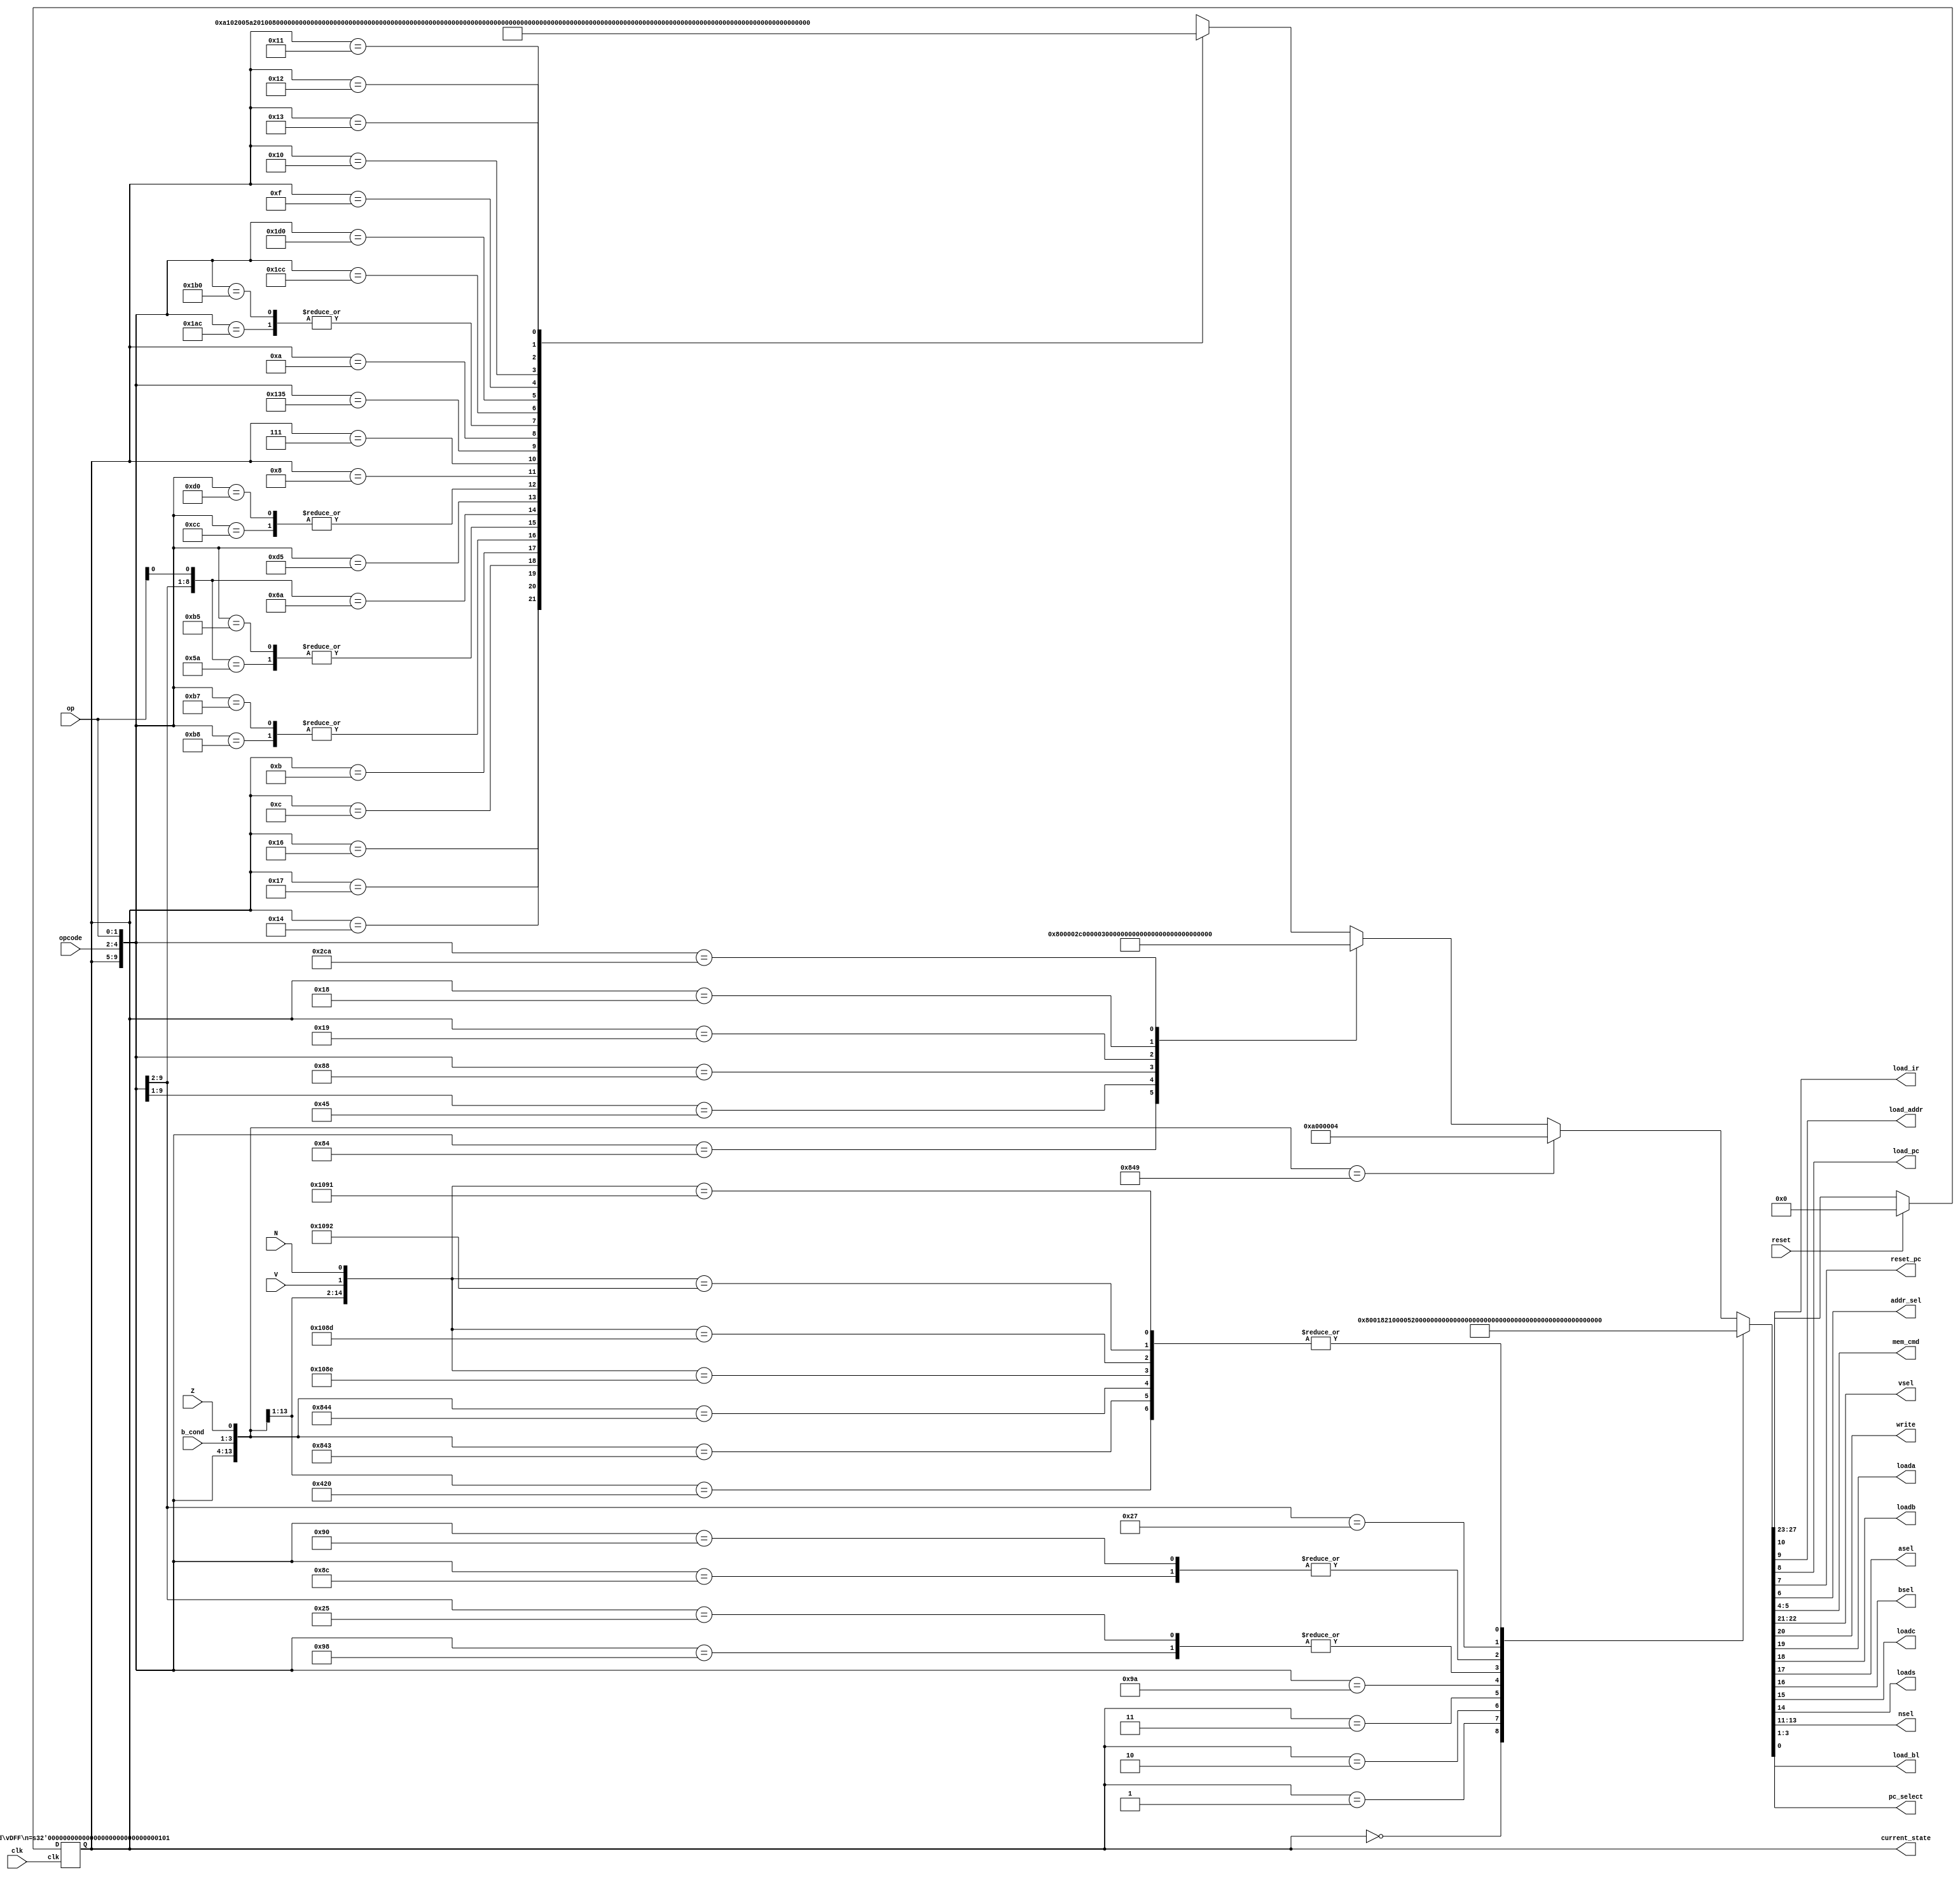
//1. each cycle takes a state + one state for "wait"
//2. NOTE: that in your Verilog you need to set all outputs in every state
//    including those outputs that are zero or for which you dont care what the value is
//3. Replace readnum and writenum by nsel for the operation

//Observations:
//1. AND and ADD have the same operation for fsm
//2. MOV Rd,Rm{,<sh_op>} and MVN have the same operation for fsm
//3. MOV Rn,#<im8> will have a unique state

//DEFINING STATES:       a-> States that were defined in lab7

//1a. After turning reset on this is the state we go to->    State: sReset
//2a. the address stored is sent to the instruction memory-> State: sIF1
//3a. Instruction at now available at dout->                 State: sIF2
//4a. Update the PC to the address of the next instruction-> State: sUpdatePC

//1. loading Rm to B is the same for all instructions->  State: sGetB
//2. loading Rn to A is the same for some instructions-> State: sGetA
//3. Computing and saving AND/ADD to reg. C->            State: sAND_ADD
//4. Computing and saving MVN/MOV to reg. C->            State: sMVN_MOV
//5. Getting the status flags:                           State: sGetStatus
//6. Saving result to Rd:                                State: sResultToRd
//7. Moving sximm8 to Rn:                                State: sMovImToRn

// States for LDR/STR:
//For LDR:
//1. sGetA
//2. sAddImm5ToA
//3. sLoadAddr
//4. sLDR_MRead
//5. sLDR_MDataToReg -> We might need to split this instruction

`define SW                      5
//inputs to mem_cmd for read/write operation
`define MREAD       2'b01
`define MWRITE      2'b10

// state encoding for control FSM //Modified for lab 7
`define sReset                  5'b00_000
`define sIF1                    5'b00_001
`define sIF2                    5'b00_010
`define sUpdatePC               5'b00_011
`define sDecode                 5'b00_100


`define sGetB                   5'b00_101
`define sGetA                   5'b00_110
`define sAND_ADD                5'b00_111
`define sMVN_MOV                5'b01_000
`define sGetStatus              5'b01_001
`define sResultToRd             5'b01_010
`define sMovImToRn              5'b01_011


`define sHALT                   5'b01_100 //For STR/LDR
`define sAddImm5ToA             5'b01_101
`define sLoadAddr               5'b01_110
`define sLDR_MRead              5'b01_111
`define sLDR_MDataToReg         5'b10_000
`define sSTR_RdToB              5'b10_001
`define sSTR_BtoDOUT            5'b10_010
`define sSTR_MWrite             5'b10_011
`define sB                      5'b10_100
`define sBL                     5'b10_101
`define sBLoad                  5'b10_110
`define sBLX                    5'b10_111
`define sBL_BLX                 5'b11_000
`define sBX                     5'b11_001



//NOTE: Editing the IOs for lab 7
module control(   //inputs to fsm
              clk,
              reset,
              opcode,
              op,
              V,N,Z,
              b_cond, //Added for lab8

                  //NOTE: outputs for lab7:
              load_ir,  //enable for instruction register
              load_addr, //enable for Address register
              load_pc,   //enable for program counter
              reset_pc,  //resets the Program counter mux
              addr_sel,  //mux for selecting the addr. source(datapath_out vs PC)
              mem_cmd,   //1-hot read write: `MREAD: 2'b01, `MWRITE: 2'b10

                  //input to the first multiplexer b4 regfile
              vsel,
                  //input to the REGFILE
              write,
                  //pipeline registers a & b
              loada,
              loadb,
                  //Select to mux before ALU
              asel,
              bsel,
                  //pipeline c
              loadc,
                  //status register
              loads,
                  //Use the 1-HOT select for Rn | Rd | Rm
              nsel,
              //Lab8 additions for PC:
              pc_select,
              load_bl,
              current_state
              );


                //inputs to fsm
  input clk;
  input reset;
  input [2:0] opcode;
  input [1:0] op;
  input V, N, Z;
  input [2:0] b_cond;

            //Outouts added for lab 7
  output load_ir;  //enable for instruction register
  output load_addr; //enable for Address register
  output load_pc;   //enable for program counter
  output reset_pc;  //resets the Program counter mux
  output addr_sel;  //mux for selecting the addr. source(datapath_out vs PC)
  output [1:0] mem_cmd;   //1-hot read write: `MREAD: 2'b01, `MWRITE: 2'b10

                  //input to the first multiplexer before regfile
  output [1:0] vsel;
                //input to the REGFILE
  output write;
                //pipeline registers a & b
  output loada;
  output loadb;
                //Select to mux before ALU
  output asel;
  output bsel;
                //pipeline c
  output loadc;
                //status register
  output loads;
                //Use the 1-HOT-select for Rn | Rd | Rm
  output [2:0] nsel;
                //signal for wait state

                //for lab8 PC
  output [2:0] pc_select;
  output load_bl;
  output [`SW-1:0] current_state;


//------------------------------------------------------------------------------



  //2. sAddImm5ToA
  //3. sLoadAddr
  //4. sLDR_MRead
  //5. sLDR_MDataToReg

//------------------------------------------------------------------------------

//Wires and Regs
  wire [`SW-1:0] present_state, state_next_reset, state_next;
  reg [(`SW+23)-1:0] nextSignals;
  assign current_state = (present_state); //lab8



//------------------------------------------------------------------------------

// state DFF for control FSM
  vDFF #(`SW) STATE(clk,state_next_reset,present_state);

// Assigns the reset state or next state after checking signal reset
  assign state_next_reset = reset ? `sReset : state_next;

//Output assignments:

              // {state_next, vsel, write,
              // loada, loadb, asel, bsel,
              // loadc, loads, nsel, load_ir,
              // load_addr, load_pc, reset_pc, addr_sel, mem_cmd} = nextSignals;

  always @(*)
    casex ( {present_state, {opcode, op}, b_cond, {V, N, Z}} )  //NOTE: removed s and replaced sWait for lab7

//------------------------------------------------------------------------------

    //Reset STATE NOTE: \/ change these
      {`sReset, 5'bx, 6'bx}: nextSignals = {`sIF1, 2'b00, 1'b0,      // {state_next, vsel, write,
                                         1'b0, 1'b0, 1'b0, 1'b0,   //  loada, loadb, asel, bsel,
                                         1'b0, 1'b0, 3'b000, 1'b0, //    loadc, loads, nsel, load_ir
                                         1'b0, 1'b1, 1'b1, 1'b0, 2'b0, //load_addr, load_pc, reset_pc, addr_sel, mem_cmd} = nextSignals
                                         3'b001, 1'b0   //pc_select, load_bl
                                         };



//------------------------------------------------------------------------------

    //IF1 State
    {`sIF1, 5'bx, 6'bx}: nextSignals = {`sIF2, 2'b00, 1'b0,      // {state_next, vsel, write,
                                      1'b0, 1'b0, 1'b0, 1'b0,   //  loada, loadb, asel, bsel,
                                      1'b0, 1'b0, 3'b000, 1'b0, //    loadc, loads, nsel, load_ir
                                      1'b0, 1'b0, 1'b0, 1'b1, `MREAD, //load_addr, load_pc, reset_pc, addr_sel, mem_cmd} = nextSignals
                                      3'b001, 1'b0   //pc_select, load_bl
                                      };


//------------------------------------------------------------------------------

    //IF2 State
    {`sIF2, 5'bx, 6'bx}: nextSignals = {`sUpdatePC, 2'b00, 1'b0,      // {state_next, vsel, write,
                                        1'b0, 1'b0, 1'b0, 1'b0,   //  loada, loadb, asel, bsel,
                                        1'b0, 1'b0, 3'b000, 1'b1, //    loadc, loads, nsel, load_ir
                                        1'b0, 1'b0, 1'b0, 1'b1, `MREAD, //load_addr, load_pc, reset_pc, addr_sel, mem_cmd} = nextSignals
                                        3'b001, 1'b0   //pc_select, load_bl
                                        };

//------------------------------------------------------------------------------

    //UpdatePC State
    {`sUpdatePC, 5'bx, 6'bx}: nextSignals = {`sDecode, 2'b00, 1'b0,      // {state_next, vsel, write,
                                          1'b0, 1'b0, 1'b0, 1'b0,   //  loada, loadb, asel, bsel,
                                          1'b0, 1'b0, 3'b000, 1'b0, //    loadc, loads, nsel, load_ir
                                          1'b0, 1'b1, 1'b0, 1'b0, 2'b0, //load_addr, load_pc, reset_pc, addr_sel, mem_cmd} = nextSignals
                                          3'b000, 1'b0   //pc_select, load_bl
                                          };


//------------------------------------------------------------------------------

    //Decode State
      //for instruction MOV Rn,#<im8>
      {`sDecode, 5'b110_10, 6'bx}: nextSignals = {`sMovImToRn, 23'b0}; // sDecode->sMovImToRn
      //for other instructions
      {`sDecode, 5'b110_00, 6'bx}: nextSignals = {`sGetB, 23'b0}; // sDecode->sGetB
      {`sDecode, 5'b101_xx, 6'bx}: nextSignals = {`sGetB, 23'b0};
      //for LDR:
      {`sDecode, 5'b011_00, 6'bx}: nextSignals = {`sGetA, 23'b0}; //sDecode-> sGetA
      //for STR:
      {`sDecode, 5'b100_00, 6'bx}: nextSignals = {`sGetA, 23'b0}; //sDecode-> sGetA
      //For HALT:
      {`sDecode, 5'b111_xx, 6'bx}: nextSignals = {`sHALT, 23'b0}; //sDecode->sHALT

      //Lab8 Branch statements
      //For B:
      {`sDecode, 5'b001_00, 3'b000, 3'bx}: nextSignals = {`sB, 2'b00, 1'b0,      // {state_next, vsel, write,
                                            1'b0, 1'b0, 1'b0, 1'b0,   //  loada, loadb, asel, bsel,
                                            1'b0, 1'b0, 3'b000, 1'b0, //    loadc, loads, nsel, load_ir
                                            1'b0, 1'b0, 1'b0, 1'b0, 2'b0, //load_addr, load_pc, reset_pc, addr_sel, mem_cmd} = nextSignals
                                            3'b010, 1'b0   //pc_select, load_bl
                                            }; //sDecode->sB
      //For BEQ:
      {`sDecode, 5'b001_00, 3'b001, 3'bxx1}: nextSignals = {`sB, 2'b00, 1'b0,      // {state_next, vsel, write,
                                            1'b0, 1'b0, 1'b0, 1'b0,   //  loada, loadb, asel, bsel,
                                            1'b0, 1'b0, 3'b000, 1'b0, //    loadc, loads, nsel, load_ir
                                            1'b0, 1'b0, 1'b0, 1'b0, 2'b0, //load_addr, load_pc, reset_pc, addr_sel, mem_cmd} = nextSignals
                                            3'b010, 1'b0   //pc_select, load_bl
                                            }; //sDecode->sB

      //For BNE:
      {`sDecode, 5'b001_00, 3'b010, 3'bxx0}: nextSignals = {`sB, 2'b00, 1'b0,      // {state_next, vsel, write,
                                            1'b0, 1'b0, 1'b0, 1'b0,   //  loada, loadb, asel, bsel,
                                            1'b0, 1'b0, 3'b000, 1'b0, //    loadc, loads, nsel, load_ir
                                            1'b0, 1'b0, 1'b0, 1'b0, 2'b0, //load_addr, load_pc, reset_pc, addr_sel, mem_cmd} = nextSignals
                                            3'b010, 1'b0   //pc_select, load_bl
                                            }; //sDecode->sB

      //For BLT:
      {`sDecode, 5'b001_00, 3'b011, 3'b10x}: nextSignals = {`sB, 2'b00, 1'b0,      // {state_next, vsel, write,
                                            1'b0, 1'b0, 1'b0, 1'b0,   //  loada, loadb, asel, bsel,
                                            1'b0, 1'b0, 3'b000, 1'b0, //    loadc, loads, nsel, load_ir
                                            1'b0, 1'b0, 1'b0, 1'b0, 2'b0, //load_addr, load_pc, reset_pc, addr_sel, mem_cmd} = nextSignals
                                            3'b010, 1'b0   //pc_select, load_bl
                                            }; //sDecode->sB
      {`sDecode, 5'b001_00, 3'b011, 3'b01x}: nextSignals = {`sB, 2'b00, 1'b0,      // {state_next, vsel, write,
                                            1'b0, 1'b0, 1'b0, 1'b0,   //  loada, loadb, asel, bsel,
                                            1'b0, 1'b0, 3'b000, 1'b0, //    loadc, loads, nsel, load_ir
                                            1'b0, 1'b0, 1'b0, 1'b0, 2'b0, //load_addr, load_pc, reset_pc, addr_sel, mem_cmd} = nextSignals
                                            3'b010, 1'b0   //pc_select, load_bl
                                            }; //sDecode->sB

      //For BLE:
      {`sDecode, 5'b001_00, 3'b100, 3'b10x}: nextSignals = {`sB, 2'b00, 1'b0,      // {state_next, vsel, write,
                                            1'b0, 1'b0, 1'b0, 1'b0,   //  loada, loadb, asel, bsel,
                                            1'b0, 1'b0, 3'b000, 1'b0, //    loadc, loads, nsel, load_ir
                                            1'b0, 1'b0, 1'b0, 1'b0, 2'b0, //load_addr, load_pc, reset_pc, addr_sel, mem_cmd} = nextSignals
                                            3'b010, 1'b0   //pc_select, load_bl
                                            }; //sDecode->sB
      {`sDecode, 5'b001_00, 3'b100, 3'b01x}: nextSignals = {`sB, 2'b00, 1'b0,      // {state_next, vsel, write,
                                            1'b0, 1'b0, 1'b0, 1'b0,   //  loada, loadb, asel, bsel,
                                            1'b0, 1'b0, 3'b000, 1'b0, //    loadc, loads, nsel, load_ir
                                            1'b0, 1'b0, 1'b0, 1'b0, 2'b0, //load_addr, load_pc, reset_pc, addr_sel, mem_cmd} = nextSignals
                                            3'b010, 1'b0   //pc_select, load_bl
                                            }; //sDecode->sB
      {`sDecode, 5'b001_00, 3'b100, 3'bxx1}: nextSignals = {`sB, 2'b00, 1'b0,      // {state_next, vsel, write,
                                            1'b0, 1'b0, 1'b0, 1'b0,   //  loada, loadb, asel, bsel,
                                            1'b0, 1'b0, 3'b000, 1'b0, //    loadc, loads, nsel, load_ir
                                            1'b0, 1'b0, 1'b0, 1'b0, 2'b0, //load_addr, load_pc, reset_pc, addr_sel, mem_cmd} = nextSignals
                                            3'b010, 1'b0   //pc_select, load_bl
                                            }; //sDecode->sB

      //for all other branch cases:
      {`sDecode, 5'b001_00, 6'bx}: nextSignals = {`sIF1, 2'b00, 1'b0,      // {state_next, vsel, write,
                                            1'b0, 1'b0, 1'b0, 1'b0,   //  loada, loadb, asel, bsel,
                                            1'b0, 1'b0, 3'b000, 1'b0, //    loadc, loads, nsel, load_ir
                                            1'b0, 1'b0, 1'b0, 1'b0, 2'b0, //load_addr, load_pc, reset_pc, addr_sel, mem_cmd} = nextSignals
                                            3'b001, 1'b0   //pc_select, load_bl
                                            }; //sDecode->sIF1


      //These are for the branch and link instruction:
      {`sDecode, 5'b010_1x, 6'bx}: nextSignals = {`sBL_BLX, 2'b00, 1'b0,      // {state_next, vsel, write,
                                            1'b0, 1'b0, 1'b0, 1'b0,   //  loada, loadb, asel, bsel,
                                            1'b0, 1'b0, 3'b000, 1'b0, //    loadc, loads, nsel, load_ir
                                            1'b0, 1'b0, 1'b0, 1'b0, 2'b0, //load_addr, load_pc, reset_pc, addr_sel, mem_cmd} = nextSignals
                                            3'b001, 1'b0   //pc_select, load_bl
                                            };

      {`sDecode, 5'b010_00, 6'bx}: nextSignals = {`sBX, 2'b00, 1'b0,      // {state_next, vsel, write,
                                            1'b0, 1'b0, 1'b0, 1'b0,   //  loada, loadb, asel, bsel,
                                            1'b0, 1'b0, 3'b010, 1'b0, //    loadc, loads, nsel, load_ir
                                            1'b0, 1'b0, 1'b0, 1'b0, 2'b0, //load_addr, load_pc, reset_pc, addr_sel, mem_cmd} = nextSignals
                                            3'b100, 1'b0   //pc_select, load_bl
                                            };

//------------------------------------------------------------------------------

    // BX State(BX)
      {`sBX, 5'bx, 6'bx}: nextSignals = {`sIF1, 2'b00, 1'b0,      // {state_next, vsel, write,
                                            1'b0, 1'b0, 1'b0, 1'b0,   //  loada, loadb, asel, bsel,
                                            1'b0, 1'b0, 3'b010, 1'b0, //    loadc, loads, nsel, load_ir
                                            1'b0, 1'b1, 1'b0, 1'b0, 2'b0, //load_addr, load_pc, reset_pc, addr_sel, mem_cmd} = nextSignals
                                            3'b100, 1'b0   //pc_select, load_bl
                                            }; // sB-> sIF1

//------------------------------------------------------------------------------

    // BL/BLX State(Branch and link) WriteReg on the orig
      {`sBL_BLX, 5'bx, 6'bx}: nextSignals = {`sBLoad, 2'b01, 1'b1,      // {state_next, vsel, write,
                                            1'b0, 1'b0, 1'b0, 1'b0,   //  loada, loadb, asel, bsel,
                                            1'b0, 1'b0, 3'b100, 1'b0, //    loadc, loads, nsel, load_ir
                                            1'b0, 1'b0, 1'b0, 1'b0, 2'b0, //load_addr, load_pc, reset_pc, addr_sel, mem_cmd} = nextSignals
                                            3'b000, 1'b0   //pc_select, load_bl
                                            }; // sB-> sIF1

//------------------------------------------------------------------------------
//NOTE: Change both the states below this:
    // BL/BLX State(Branch and link) WriteReg on the orig
      {`sBLoad, 5'b01_010, 6'bx}: nextSignals = {`sBLX, 2'b00, 1'b1,      // {state_next, vsel, write,
                                            1'b0, 1'b0, 1'b0, 1'b0,   //  loada, loadb, asel, bsel,
                                            1'b0, 1'b0, 3'b000, 1'b0, //    loadc, loads, nsel, load_ir
                                            1'b0, 1'b0, 1'b0, 1'b0, 2'b0, //load_addr, load_pc, reset_pc, addr_sel, mem_cmd} = nextSignals
                                            3'b010, 1'b1   //pc_select, load_bl
                                            }; // sB-> sIF1

    // BL/BLX State(Branch and link) WriteReg on the orig
      {`sBLoad, 5'bx, 6'bx}: nextSignals = {`sB, 2'b00, 1'b1,      // {state_next, vsel, write,
                                            1'b0, 1'b0, 1'b0, 1'b0,   //  loada, loadb, asel, bsel,
                                            1'b0, 1'b0, 3'b100, 1'b0, //    loadc, loads, nsel, load_ir
                                            1'b0, 1'b0, 1'b0, 1'b0, 2'b0, //load_addr, load_pc, reset_pc, addr_sel, mem_cmd} = nextSignals
                                            3'b010, 1'b1   //pc_select, load_bl
                                            }; // sB-> sIF1
//------------------------------------------------------------------------------

    // BL/BLX State(Branch and link) WriteReg on the orig
      {`sBLX, 5'bx, 6'bx}: nextSignals = {`sB, 2'b01, 1'b0,      // {state_next, vsel, write,
                                            1'b0, 1'b0, 1'b0, 1'b0,   //  loada, loadb, asel, bsel,
                                            1'b0, 1'b0, 3'b010, 1'b0, //    loadc, loads, nsel, load_ir
                                            1'b0, 1'b0, 1'b0, 1'b0, 2'b0, //load_addr, load_pc, reset_pc, addr_sel, mem_cmd} = nextSignals
                                            3'b100, 1'b0   //pc_select, load_bl
                                            }; // sB-> sIF1
//------------------------------------------------------------------------------

    //B State(Branch)
      {`sB, 5'bx, 6'bx}: nextSignals = {`sIF1, 2'b00, 1'b0,      // {state_next, vsel, write,
                                            1'b0, 1'b0, 1'b0, 1'b0,   //  loada, loadb, asel, bsel,
                                            1'b0, 1'b0, 3'b000, 1'b0, //    loadc, loads, nsel, load_ir
                                            1'b0, 1'b1, 1'b0, 1'b0, 2'b0, //load_addr, load_pc, reset_pc, addr_sel, mem_cmd} = nextSignals
                                            3'b010, 1'b0   //pc_select, load_bl
                                            }; // sB-> sIF1


//------------------------------------------------------------------------------


    //HALT State
      {`sHALT, 5'bx, 6'bx}: nextSignals = {`sHALT, 2'b00, 1'b0,      // {state_next, vsel, write,
                                            1'b0, 1'b0, 1'b0, 1'b0,   //  loada, loadb, asel, bsel,
                                            1'b0, 1'b0, 3'b000, 1'b0, //    loadc, loads, nsel, load_ir
                                            1'b0, 1'b0, 1'b0, 1'b0, 2'b0, //load_addr, load_pc, reset_pc, addr_sel, mem_cmd} = nextSignals
                                            3'b000, 1'b0   //pc_select, load_bl
                                            }; // sHALT->sHALT

//------------------------------------------------------------------------------
    //MovImToRn State
      {`sMovImToRn, 5'bx, 6'bx}: nextSignals = {`sIF1, 2'b10, 1'b1,      // {state_next, vsel, write,
                                                1'b0, 1'b0, 1'b0, 1'b0,   //  loada, loadb, asel, bsel,
                                                1'b0, 1'b0, 3'b100, 1'b0, //    loadc, loads, nsel, load_ir
                                                1'b0, 1'b0, 1'b0, 1'b0, 2'b0, //load_addr, load_pc, reset_pc, addr_sel, mem_cmd} = nextSignals
                                                3'b000, 1'b0   //pc_select, load_bl
                                                }; // sDecode->sGetB

//------------------------------------------------------------------------------

    //GetB State
      //for MOV Rd, Rm
      {`sGetB, 5'b110_00, 6'bx}: nextSignals = {`sMVN_MOV, 2'b00, 1'b0,      // {state_next, vsel, write,
                                                1'b0, 1'b1, 1'b0, 1'b0,   //  loada, loadb, asel, bsel,
                                                1'b0, 1'b0, 3'b001, 1'b0, //    loadc, loads, nsel, load_ir
                                                1'b0, 1'b0, 1'b0, 1'b0, 2'b0, //load_addr, load_pc, reset_pc, addr_sel, mem_cmd} = nextSignals
                                                3'b000, 1'b0   //pc_select, load_bl
                                                };
      //for MVN Rd, Rm
      {`sGetB, 5'b101_11, 6'bx}: nextSignals = {`sMVN_MOV, 2'b00, 1'b0,      // {state_next, vsel, write,
                                                1'b0, 1'b1, 1'b0, 1'b0,   //  loada, loadb, asel, bsel,
                                                1'b0, 1'b0, 3'b001, 1'b0, //    loadc, loads, nsel, load_ir
                                                1'b0, 1'b0, 1'b0, 1'b0, 2'b0, //load_addr, load_pc, reset_pc, addr_sel, mem_cmd} = nextSignals
                                                3'b000, 1'b0   //pc_select, load_bl
                                                };

      //for ADD Rd,Rn Rm and for AND Rd,Rn Rm (Check the x in op)
      {`sGetB, 5'b101_x0, 6'bx}: nextSignals = {`sGetA, 2'b00, 1'b0,      // {state_next, vsel, write,
                                                1'b0, 1'b1, 1'b0, 1'b0,   //  loada, loadb, asel, bsel,
                                                1'b0, 1'b0, 3'b001, 1'b0, //    loadc, loads, nsel, load_ir
                                                1'b0, 1'b0, 1'b0, 1'b0, 2'b0, //load_addr, load_pc, reset_pc, addr_sel, mem_cmd} = nextSignals
                                                3'b000, 1'b0   //pc_select, load_bl
                                                };
      //for CMP Rn, Rm
      {`sGetB, 5'b101_01, 6'bx}: nextSignals = {`sGetA, 2'b00, 1'b0,      // {state_next, vsel, write,
                                                1'b0, 1'b1, 1'b0, 1'b0,   //  loada, loadb, asel, bsel,
                                                1'b0, 1'b0, 3'b001, 1'b0, //    loadc, loads, nsel, load_ir
                                                1'b0, 1'b0, 1'b0, 1'b0, 2'b0, //load_addr, load_pc, reset_pc, addr_sel, mem_cmd} = nextSignals
                                                3'b000, 1'b0   //pc_select, load_bl
                                                };

//------------------------------------------------------------------------------

    //GetA State
     //for ADD Rd,Rn Rm and for AND Rd,Rn Rm (Check the x in op)
     {`sGetA, 5'b101_x0, 6'bx}: nextSignals = {`sAND_ADD, 2'b00, 1'b0,      // {state_next, vsel, write,
                                               1'b1, 1'b0, 1'b0, 1'b0,   //  loada, loadb, asel, bsel,
                                               1'b0, 1'b0, 3'b100, 1'b0, //    loadc, loads, nsel, load_ir
                                               1'b0, 1'b0, 1'b0, 1'b0, 2'b0, //load_addr, load_pc, reset_pc, addr_sel, mem_cmd} = nextSignals
                                               3'b000, 1'b0   //pc_select, load_bl
                                               };
     //for CMP Rn, Rm
     {`sGetA, 5'b101_01, 6'bx}: nextSignals = {`sGetStatus, 2'b00, 1'b0,      // {state_next, vsel, write,
                                               1'b1, 1'b0, 1'b0, 1'b0,   //  loada, loadb, asel, bsel,
                                               1'b0, 1'b0, 3'b100, 1'b0, //    loadc, loads, nsel, load_ir
                                               1'b0, 1'b0, 1'b0, 1'b0, 2'b0, //load_addr, load_pc, reset_pc, addr_sel, mem_cmd} = nextSignals
                                               3'b000, 1'b0   //pc_select, load_bl
                                               };

     //for LDR
     {`sGetA, 5'b011_00, 6'bx}: nextSignals = {`sAddImm5ToA, 2'b00, 1'b0,      // {state_next, vsel, write,
                                              1'b1, 1'b0, 1'b0, 1'b0,   //  loada, loadb, asel, bsel,
                                              1'b0, 1'b0, 3'b100, 1'b0, //    loadc, loads, nsel, load_ir
                                              1'b0, 1'b0, 1'b0, 1'b0, 2'b0, //load_addr, load_pc, reset_pc, addr_sel, mem_cmd} = nextSignals
                                              3'b000, 1'b0   //pc_select, load_bl
                                              };

    //for STR
    {`sGetA, 5'b100_00, 6'bx}: nextSignals = {`sAddImm5ToA, 2'b00, 1'b0,      // {state_next, vsel, write,
                                             1'b1, 1'b0, 1'b0, 1'b0,   //  loada, loadb, asel, bsel,
                                             1'b0, 1'b0, 3'b100, 1'b0, //    loadc, loads, nsel, load_ir
                                             1'b0, 1'b0, 1'b0, 1'b0, 2'b0, //load_addr, load_pc, reset_pc, addr_sel, mem_cmd} = nextSignals
                                             3'b000, 1'b0   //pc_select, load_bl
                                             };

//------------------------------------------------------------------------------

    //MVN_MOV State (Cycle 2)
     //for MOV Rd, Rm and for MVN Rd, Rm
     {`sMVN_MOV, 5'bx, 6'bx}: nextSignals = {`sResultToRd, 2'b00, 1'b0,      // {state_next, vsel, write,
                                                 1'b0, 1'b0, 1'b1, 1'b0,   //  loada, loadb, asel, bsel,
                                                 1'b1, 1'b0, 3'b000, 1'b0, //    loadc, loads, nsel, load_ir
                                                 1'b0, 1'b0, 1'b0, 1'b0, 2'b0, //load_addr, load_pc, reset_pc, addr_sel, mem_cmd} = nextSignals
                                                 3'b000, 1'b0   //pc_select, load_bl
                                                 };

//------------------------------------------------------------------------------

    //AND_ADD State
    //for ADD Rd,Rn Rm and for AND Rd,Rn Rm (Check the x in op)
    {`sAND_ADD, 5'bx, 6'bx}: nextSignals = {`sResultToRd, 2'b00, 1'b0,      // {state_next, vsel, write,
                                              1'b0, 1'b0, 1'b0, 1'b0,   //  loada, loadb, asel, bsel,
                                              1'b1, 1'b0, 3'b000, 1'b0, //    loadc, loads, nsel, load_ir
                                              1'b0, 1'b0, 1'b0, 1'b0, 2'b0, //load_addr, load_pc, reset_pc, addr_sel, mem_cmd} = nextSignals
                                              3'b000, 1'b0   //pc_select, load_bl
                                              };

//------------------------------------------------------------------------------

  //GetStatus State
    //for CMP Rn, Rm
    {`sGetStatus, 5'b101_01, 6'bx}: nextSignals = {`sIF1, 2'b00, 1'b0,// {state_next, vsel, write,
                                              1'b0, 1'b0, 1'b0, 1'b0,   //  loada, loadb, asel, bsel,
                                              1'b0, 1'b1, 3'b000, 1'b0, //    loadc, loads, nsel, load_ir
                                              1'b0, 1'b0, 1'b0, 1'b0, 2'b0, //load_addr, load_pc, reset_pc, addr_sel, mem_cmd} = nextSignals
                                              3'b000, 1'b0   //pc_select, load_bl
                                              };

//------------------------------------------------------------------------------

  //ResultToRd State
    //all in this state
    {`sResultToRd, 5'bx, 6'bx}: nextSignals = {`sIF1, 2'b00, 1'b1,// {state_next, vsel, write,
                                              1'b0, 1'b0, 1'b0, 1'b0,   //  loada, loadb, asel, bsel,
                                              1'b0, 1'b0, 3'b010, 1'b0, //    loadc, loads, nsel, load_ir
                                              1'b0, 1'b0, 1'b0, 1'b0, 2'b0, //load_addr, load_pc, reset_pc, addr_sel, mem_cmd} = nextSignals
                                              3'b000, 1'b0   //pc_select, load_bl
                                              };

//*****----------------------Additions for LDR/STR Instructions-----------******
//------------------------------------------------------------------------------
//sAddImm5ToA State for LDR/STR (Cycle 2)

  //for LDR
  {`sAddImm5ToA, 5'b011_00, 6'bx}: nextSignals = {`sLoadAddr, 2'b00, 1'b0,      // {state_next, vsel, write,
                                          1'b0, 1'b0, 1'b0, 1'b1,   //  loada, loadb, asel, bsel,
                                          1'b1, 1'b0, 3'b000, 1'b0, //    loadc, loads, nsel, load_ir
                                          1'b0, 1'b0, 1'b0, 1'b0, 2'b0, //load_addr, load_pc, reset_pc, addr_sel, mem_cmd} = nextSignals
                                          3'b000, 1'b0   //pc_select, load_bl
                                          };  //sAddImm5ToA->sLoadAddr

  //for STR
  {`sAddImm5ToA, 5'b100_00, 6'bx}: nextSignals = {`sLoadAddr, 2'b00, 1'b0,      // {state_next, vsel, write,
                                          1'b0, 1'b0, 1'b0, 1'b1,   //  loada, loadb, asel, bsel,
                                          1'b1, 1'b0, 3'b000, 1'b0, //    loadc, loads, nsel, load_ir
                                          1'b0, 1'b0, 1'b0, 1'b0, 2'b0, //load_addr, load_pc, reset_pc, addr_sel, mem_cmd} = nextSignals
                                          3'b000, 1'b0   //pc_select, load_bl
                                          };  //sAddImm5ToA->sLoadAddr

//------------------------------------------------------------------------------
//sLoadAddr STATE for LDR/STR (Cycle 3)

  //for LDR
  {`sLoadAddr, 5'b011_00, 6'bx}: nextSignals = {`sLDR_MRead, 2'b00, 1'b0,      // {state_next, vsel, write,
                                          1'b0, 1'b0, 1'b0, 1'b0,   //  loada, loadb, asel, bsel,
                                          1'b0, 1'b0, 3'b000, 1'b0, //    loadc, loads, nsel, load_ir
                                          1'b1, 1'b0, 1'b0, 1'b0, 2'b0, //load_addr, load_pc, reset_pc, addr_sel, mem_cmd} = nextSignals
                                          3'b000, 1'b0   //pc_select, load_bl
                                          };  //sLoadAddr->sLDR_MRead

  //for STR
  {`sLoadAddr, 5'b100_00, 6'bx}: nextSignals = {`sSTR_RdToB, 2'b00, 1'b0,      // {state_next, vsel, write,
                                          1'b0, 1'b0, 1'b0, 1'b0,   //  loada, loadb, asel, bsel,
                                          1'b0, 1'b0, 3'b000, 1'b0, //    loadc, loads, nsel, load_ir
                                          1'b1, 1'b0, 1'b0, 1'b0, 2'b0, //load_addr, load_pc, reset_pc, addr_sel, mem_cmd} = nextSignals
                                          3'b000, 1'b0   //pc_select, load_bl
                                          };  //sLoadAddr->sSTR_RdToB

//------------------------------------------------------------------------------

//sLDR_MRead STATE for LDR (Cycle 4)

  //for LDR
  {`sLDR_MRead, 5'bx, 6'bx}: nextSignals = {`sLDR_MDataToReg, 2'b00, 1'b0,      // {state_next, vsel, write,
                                          1'b0, 1'b0, 1'b0, 1'b0,   //  loada, loadb, asel, bsel,
                                          1'b0, 1'b0, 3'b000, 1'b0, //    loadc, loads, nsel, load_ir
                                          1'b0, 1'b0, 1'b0, 1'b0, `MREAD, //load_addr, load_pc, reset_pc, addr_sel, mem_cmd} = nextSignals
                                          3'b000, 1'b0   //pc_select, load_bl
                                          };  //sLDR_MRead->sLDR_MDataToReg

//------------------------------------------------------------------------------

//sLDR_MDataToReg STATE for LDR (Cycle 5)

  //for LDR
  {`sLDR_MDataToReg, 5'bx, 6'bx}: nextSignals = {`sIF1, 2'b11, 1'b1,      // {state_next, vsel, write,
                                            1'b0, 1'b0, 1'b0, 1'b0,   //  loada, loadb, asel, bsel,
                                          1'b0, 1'b0, 3'b010, 1'b0, //    loadc, loads, nsel, load_ir
                                          1'b0, 1'b0, 1'b0, 1'b0, `MREAD, //load_addr, load_pc, reset_pc, addr_sel, mem_cmd} = nextSignals
                                          3'b000, 1'b0   //pc_select, load_bl
                                          };  //sLDR_MDataToReg->sIF1

//------------------------------------------------------------------------------

//sSTR_RdToB STATE for STR instruction (cycle 4)

  //for STR
  {`sSTR_RdToB, 5'bx, 6'bx}: nextSignals = {`sSTR_BtoDOUT, 2'b00, 1'b0,      // {state_next, vsel, write,
                                          1'b0, 1'b1, 1'b0, 1'b0,   //  loada, loadb, asel, bsel,
                                          1'b0, 1'b0, 3'b010, 1'b0, //    loadc, loads, nsel, load_ir
                                          1'b0, 1'b0, 1'b0, 1'b0, 2'b0, //load_addr, load_pc, reset_pc, addr_sel, mem_cmd} = nextSignals
                                          3'b000, 1'b0   //pc_select, load_bl
                                          };  //sSTR_RdToB->sSTR_BtoDOUT

//------------------------------------------------------------------------------

//sSTR_BtoDOUT STATE for STR instruction (cycle 5)

  //for STR
  {`sSTR_BtoDOUT, 5'bx, 6'bx}: nextSignals = {`sSTR_MWrite, 2'b00, 1'b0,      // {state_next, vsel, write,
                                          1'b0, 1'b0, 1'b1, 1'b0,   //  loada, loadb, asel, bsel,
                                          1'b1, 1'b0, 3'b000, 1'b0, //    loadc, loads, nsel, load_ir
                                          1'b0, 1'b0, 1'b0, 1'b0, 2'b0, //load_addr, load_pc, reset_pc, addr_sel, mem_cmd} = nextSignals
                                          3'b000, 1'b0   //pc_select, load_bl
                                          };  //sSTR_BtoDOUT->sSTR_MWrite

//------------------------------------------------------------------------------

//sSTR_MWrite STATE for STR instruction (cycle 6)

  //for STR
  {`sSTR_MWrite, 5'bx, 6'bx}: nextSignals = {`sIF1, 2'b00, 1'b0,      // {state_next, vsel, write,
                                          1'b0, 1'b0, 1'b0, 1'b0,   //  loada, loadb, asel, bsel,
                                          1'b0, 1'b0, 3'b000, 1'b0, //    loadc, loads, nsel, load_ir
                                          1'b0, 1'b0, 1'b0, 1'b0, `MWRITE, //load_addr, load_pc, reset_pc, addr_sel, mem_cmd} = nextSignals
                                          3'b000, 1'b0   //pc_select, load_bl
                                          };  //sSTR_BtoDOUT->sSTR_MWrite

//------------------------------------------------------------------------------

      default:     nextSignals = {{`SW{1'bx}},{23{1'bx}}}; // only get here if present_state, s, or zero are xs
    endcase

  // copy to module outputs
  assign {state_next, vsel, write,
          loada, loadb, asel, bsel,
          loadc, loads, nsel, load_ir,
          load_addr, load_pc, reset_pc, addr_sel, mem_cmd,
          pc_select, load_bl} = nextSignals;



endmodule


//------------------------------------------------------------------------------
//helper modules

module vDFF(clk,D,Q);
  parameter n=1;
  input clk;
  input [n-1:0] D;
  output [n-1:0] Q;
  reg [n-1:0] Q;
  always @(posedge clk)
    Q <= D;
endmodule